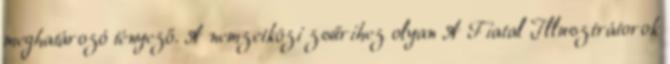
meghatározó tényező. A nemzetközi zsűrihez olyan A Fiatal Illusztrátorok